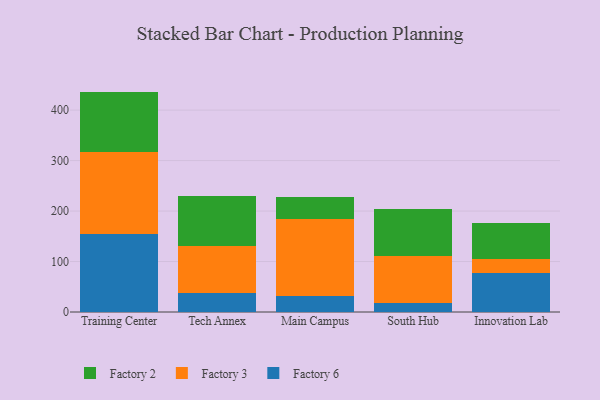
{"axis": {"x": "Campus", "y": "Website Visitors"}, "legend": ["Factory 2", "Factory 3", "Factory 6"], "data": [{"x": "Training Center", "y": 155.1, "type": "Factory 6"}, {"x": "Training Center", "y": 162.8, "type": "Factory 3"}, {"x": "Training Center", "y": 118.8, "type": "Factory 2"}, {"x": "Tech Annex", "y": 38.2, "type": "Factory 6"}, {"x": "Tech Annex", "y": 93.4, "type": "Factory 3"}, {"x": "Tech Annex", "y": 98.7, "type": "Factory 2"}, {"x": "Main Campus", "y": 31.1, "type": "Factory 6"}, {"x": "Main Campus", "y": 152.7, "type": "Factory 3"}, {"x": "Main Campus", "y": 43.1, "type": "Factory 2"}, {"x": "South Hub", "y": 17.0, "type": "Factory 6"}, {"x": "South Hub", "y": 94.9, "type": "Factory 3"}, {"x": "South Hub", "y": 93.1, "type": "Factory 2"}, {"x": "Innovation Lab", "y": 77.9, "type": "Factory 6"}, {"x": "Innovation Lab", "y": 26.2, "type": "Factory 3"}, {"x": "Innovation Lab", "y": 71.5, "type": "Factory 2"}]}